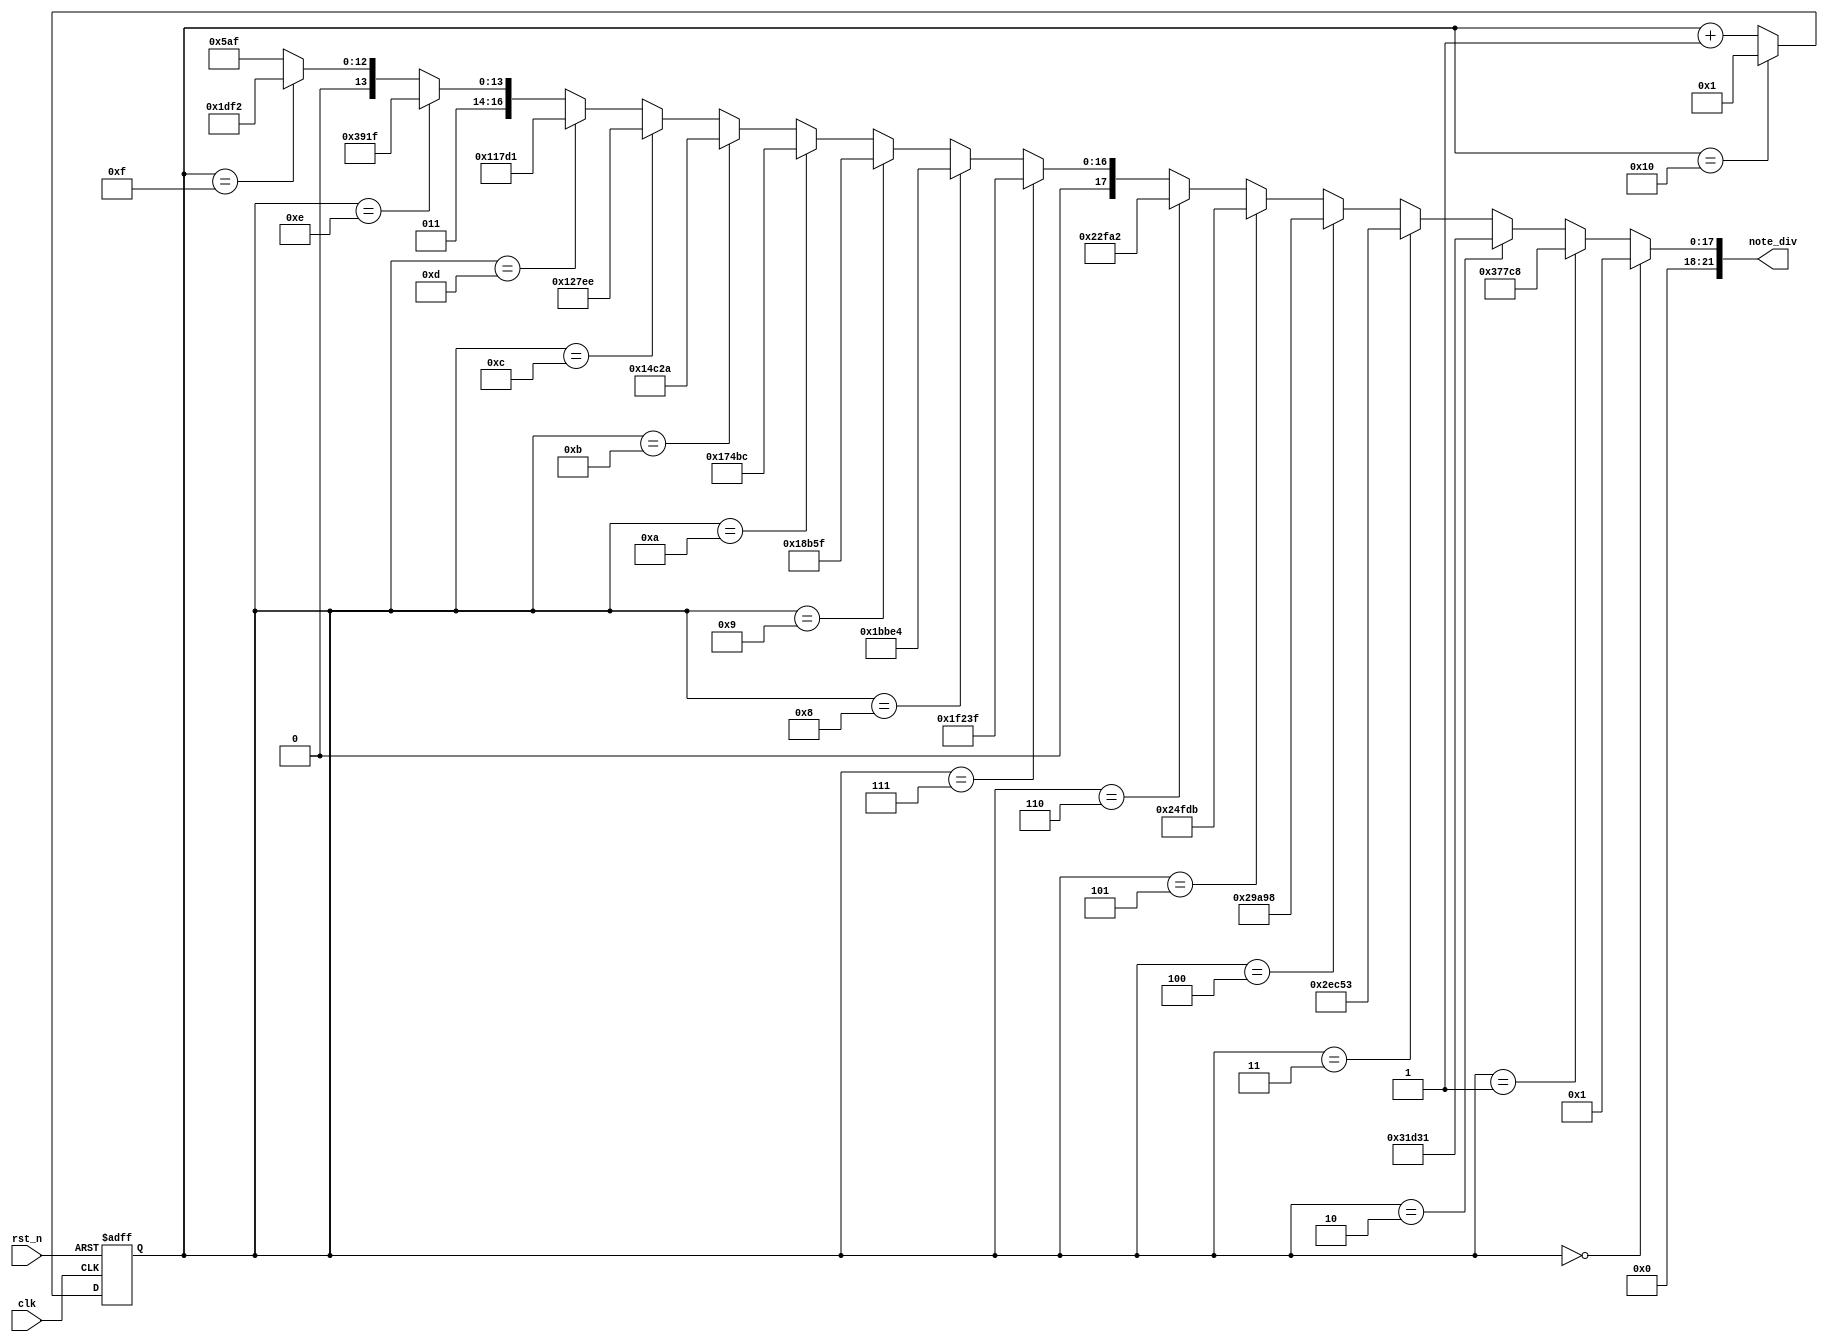
module ring_counter(
    note_div,
    clk,
    rst_n
);
output [21:0] note_div;
input clk, rst_n;
reg [21:0] note_div;
reg [4:0] count, count_tmp;

always @*
     if (count == 5'd0)
        note_div = 22'd1;
     else if (count == 5'd1)
        note_div = 22'd227272;  //Low La
     else if (count == 5'd2)
        note_div = 22'd204081;  //Low Si
     else if (count == 5'd3)
        note_div = 22'd191571;  //Mid Do
     else if (count == 5'd4)
        note_div = 22'd170648;  //Mid Re
     else if (count == 5'd5)
        note_div = 22'd151515;  //Mid Mi
     else if (count == 5'd6)
        note_div = 22'd143266;  //Mid Fa
     else if (count == 5'd7)
        note_div = 22'd127551;  //Mid So
     else if (count == 5'd8)
        note_div = 22'd113636;  //Mid La
     else if (count == 5'd9)
        note_div = 22'd101215;  //Mid Si
     else if (count == 5'd10)
        note_div = 22'd95420;   //High Do
     else if (count == 5'd11)
        note_div = 22'd85034;   //High Re
     else if (count == 5'd12)
        note_div = 22'd75758;   //High Mi
     else if (count == 5'd13)
        note_div = 22'd71633;   //High Fa
     else if (count == 5'd14)
        note_div = 22'd63775;   //High So
     else if (count == 5'd15)
        note_div = 22'd56818;   //High La
     else
        note_div = 22'd50607;   //High Si

always @*
    if (count == 5'd16)
        count_tmp = 5'd1;
    else
        count_tmp = count + 1'b1;

always @(posedge clk or negedge rst_n)
    if (~rst_n)
        count <= 5'd0;
    else
        count <= count_tmp;

endmodule